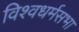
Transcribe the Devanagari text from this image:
विश्वधर्मसभा